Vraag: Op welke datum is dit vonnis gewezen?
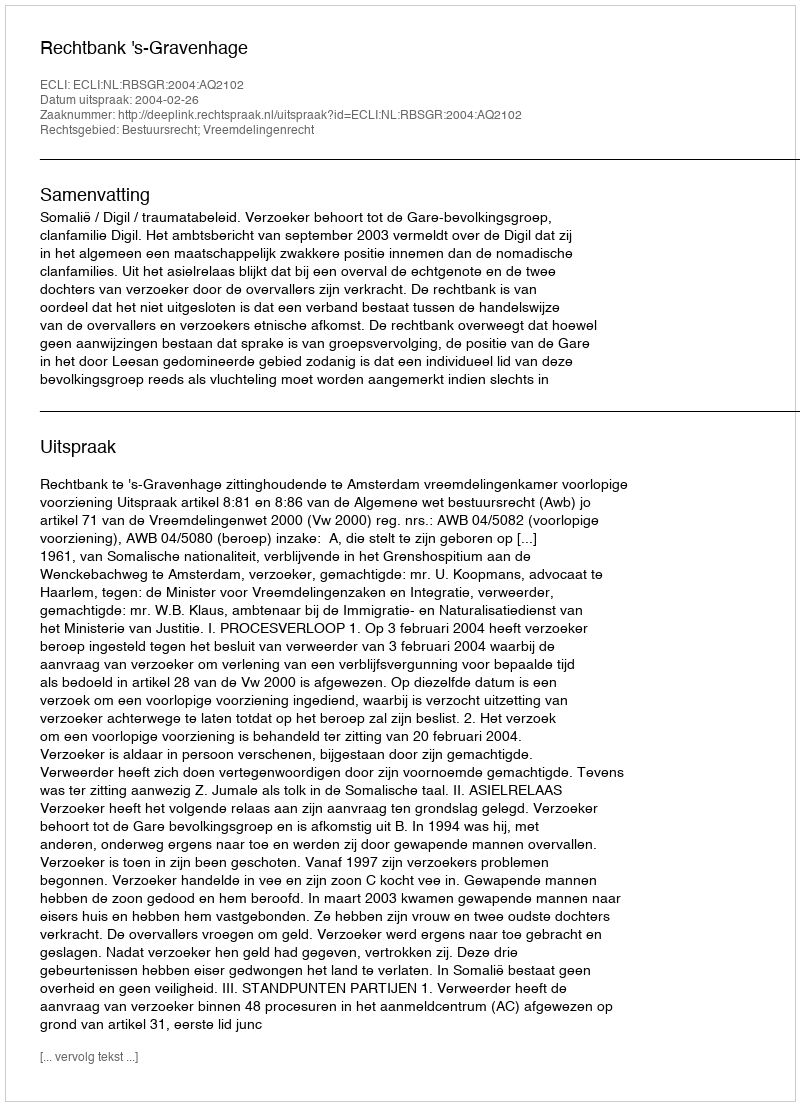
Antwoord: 2004-02-26